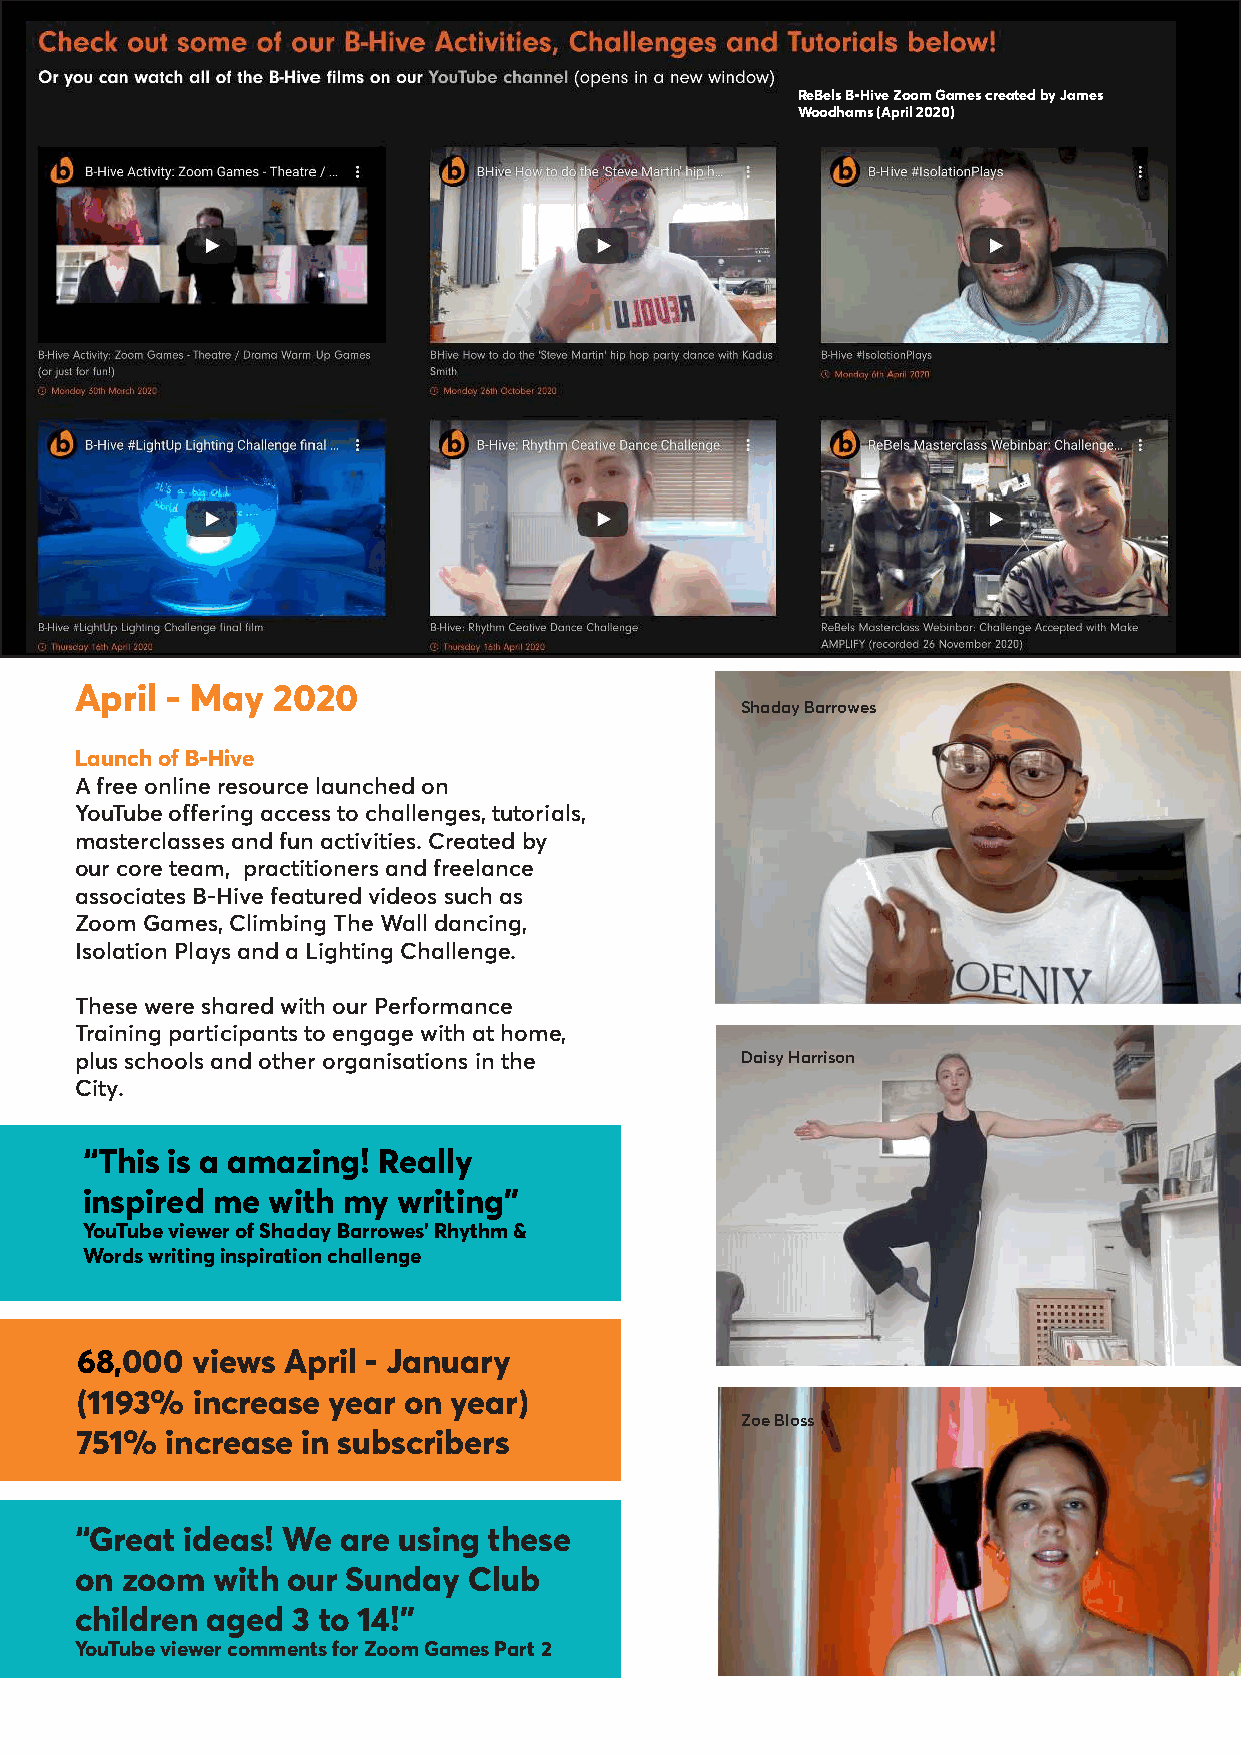
ReBels B-Hive Zoom Games created by James
 Woodhams (April 2020)
 April - May  2020
 Shaday Barrowes
 Launch of B-Hive
 A free online resource launched on
 YouTube offering access to challenges, tutorials,
 masterclasses and fun activities. Created by
 our core team, practitioners and freelance
 associates B-Hive featured videos such as
 Zoom Games, Climbing The Wall dancing,
 Isolation Plays and a Lighting Challenge.
 These were shared with our Performance
 Training participants to engage with at home,
 plus schools and other organisations in the Daisy Harrison
 City.
 “This is a amazing! Really
 inspired me  with my writing”
 YouTube viewer of Shaday Barrowes’ Rhythm &
 Words writing inspiration challenge
 68,000  views April - January
 (1193%  increase year on year)
 Zoe Bloss
 751%  increase in subscribers
 “Great ideas! We  are using these
 on zoom  with our Sunday  Club
 children aged 3 to 14!”
 YouTube viewer comments for Zoom Games Part 2